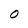
Character: O